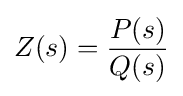
Z(s)={\frac {P(s)}{Q(s)}}